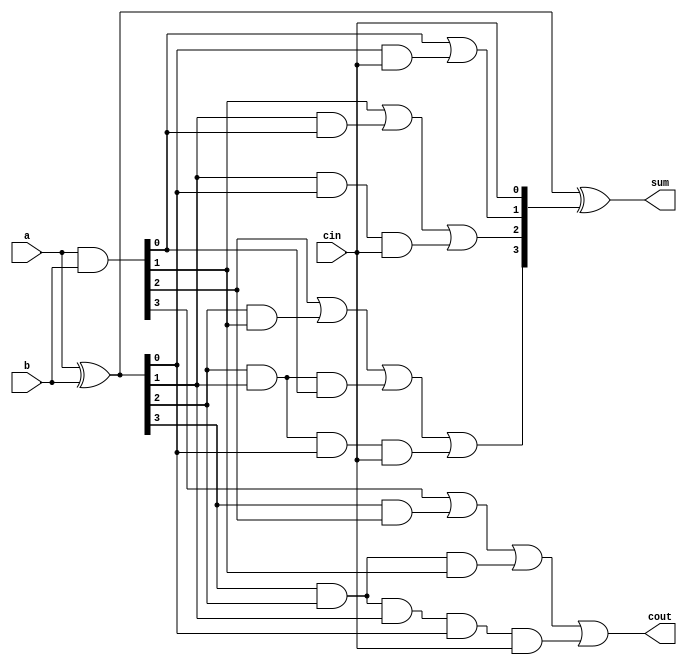
`timescale 1ns / 1ps
//////////////////////////////////////////////////////////////////////////////////
// Assignment 5
// Project Name: carry_save_adder
// Description: Group No 28
// Roll no - 18CS10013, 18CS10024
//////////////////////////////////////////////////////////////////////////////////



module carry_look_ahead_4bit(input [3:0]a,input [3:0]b,input cin,output [3:0]sum,output cout);

    wire [3:0] p,g,c;

    assign p=a^b;
    assign g=a&b;

    assign c[0]=cin;
    assign c[1]= g[0]|(p[0]&c[0]);
    assign c[2]= g[1] | (p[1]&g[0]) | (p[1]&p[0]&c[0]);
    assign c[3]= g[2] | (p[2]&g[1]) | (p[2]&p[1]&g[0]) | (p[2]&p[1]&p[0]&c[0]);
    assign cout= g[3] | (p[3]&g[2]) | (p[3]&p[2]&g[1]) | (p[3]&p[2]&p[1]&p[0]&c[0]);
    assign sum=p^c;
 endmodule